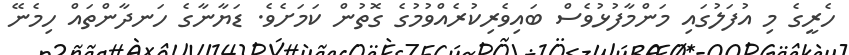
ހެރީގެ މި އުފަލުގައި މަންމާފުޅުވެސް ބައިވެރިކުރެއްވުމުގެ ގޮތުން ކަމަށެވެ. ޑަޔާނާގެ ހަނދާންތައް ހިމެނޭ